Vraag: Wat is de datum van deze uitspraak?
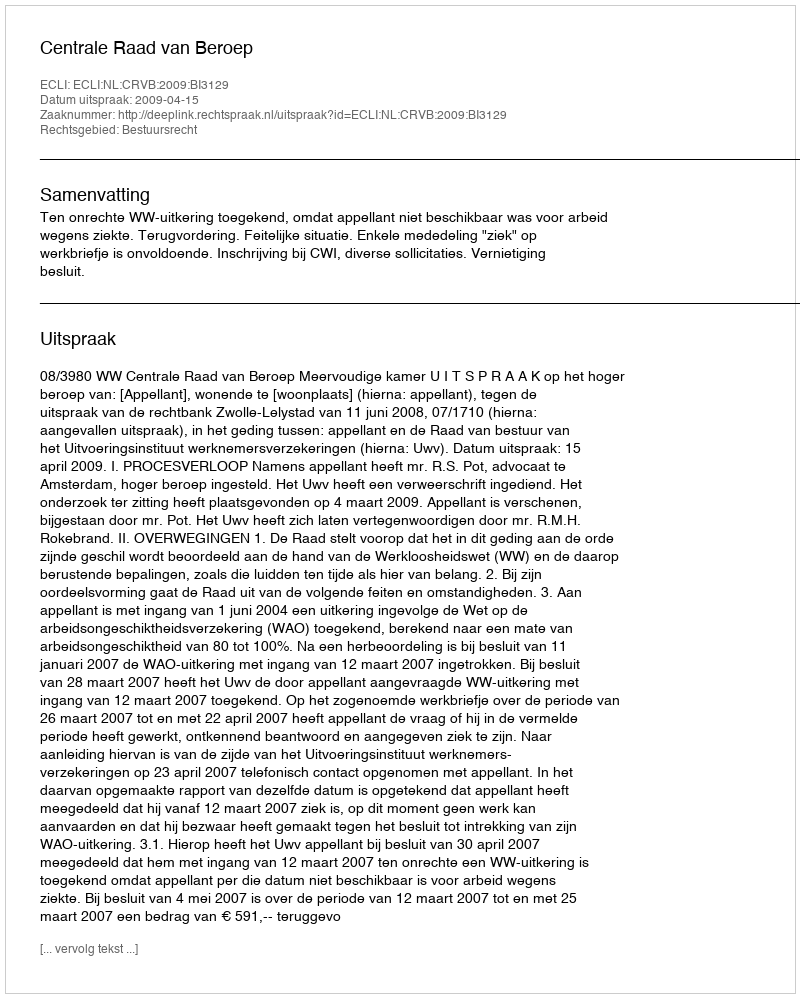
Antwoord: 2009-04-15